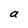
Character: a